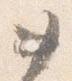
如